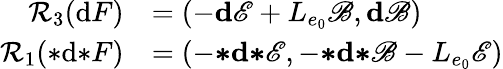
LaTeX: \begin{array}{rl}{\mathcal{R}_{3}(\mathrm{d}F)}&{=(-\mathbf{d}\mathscr{E}+L_{e_{0}}\mathscr{B},\mathbf{d}\mathscr{B})}\\ {\mathcal{R}_{1}({*}\mathrm{d}{*}F)}&{=(-{\boldsymbol{*}}\mathbf{d}{\boldsymbol{*}}\mathscr{E},-{\boldsymbol{*}}\mathbf{d}{\boldsymbol{*}}\mathscr{B}-L_{e_{0}}\mathscr{E})}\end{array}